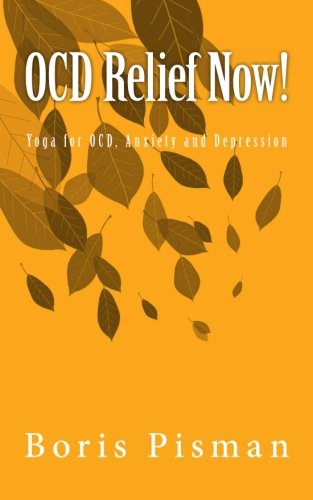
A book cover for OCD Relief Now!: Use yoga and awareness to deal with obsessions and compulsions as you are actually experiencing them; Boris Pisman; Health, Fitness & Dieting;